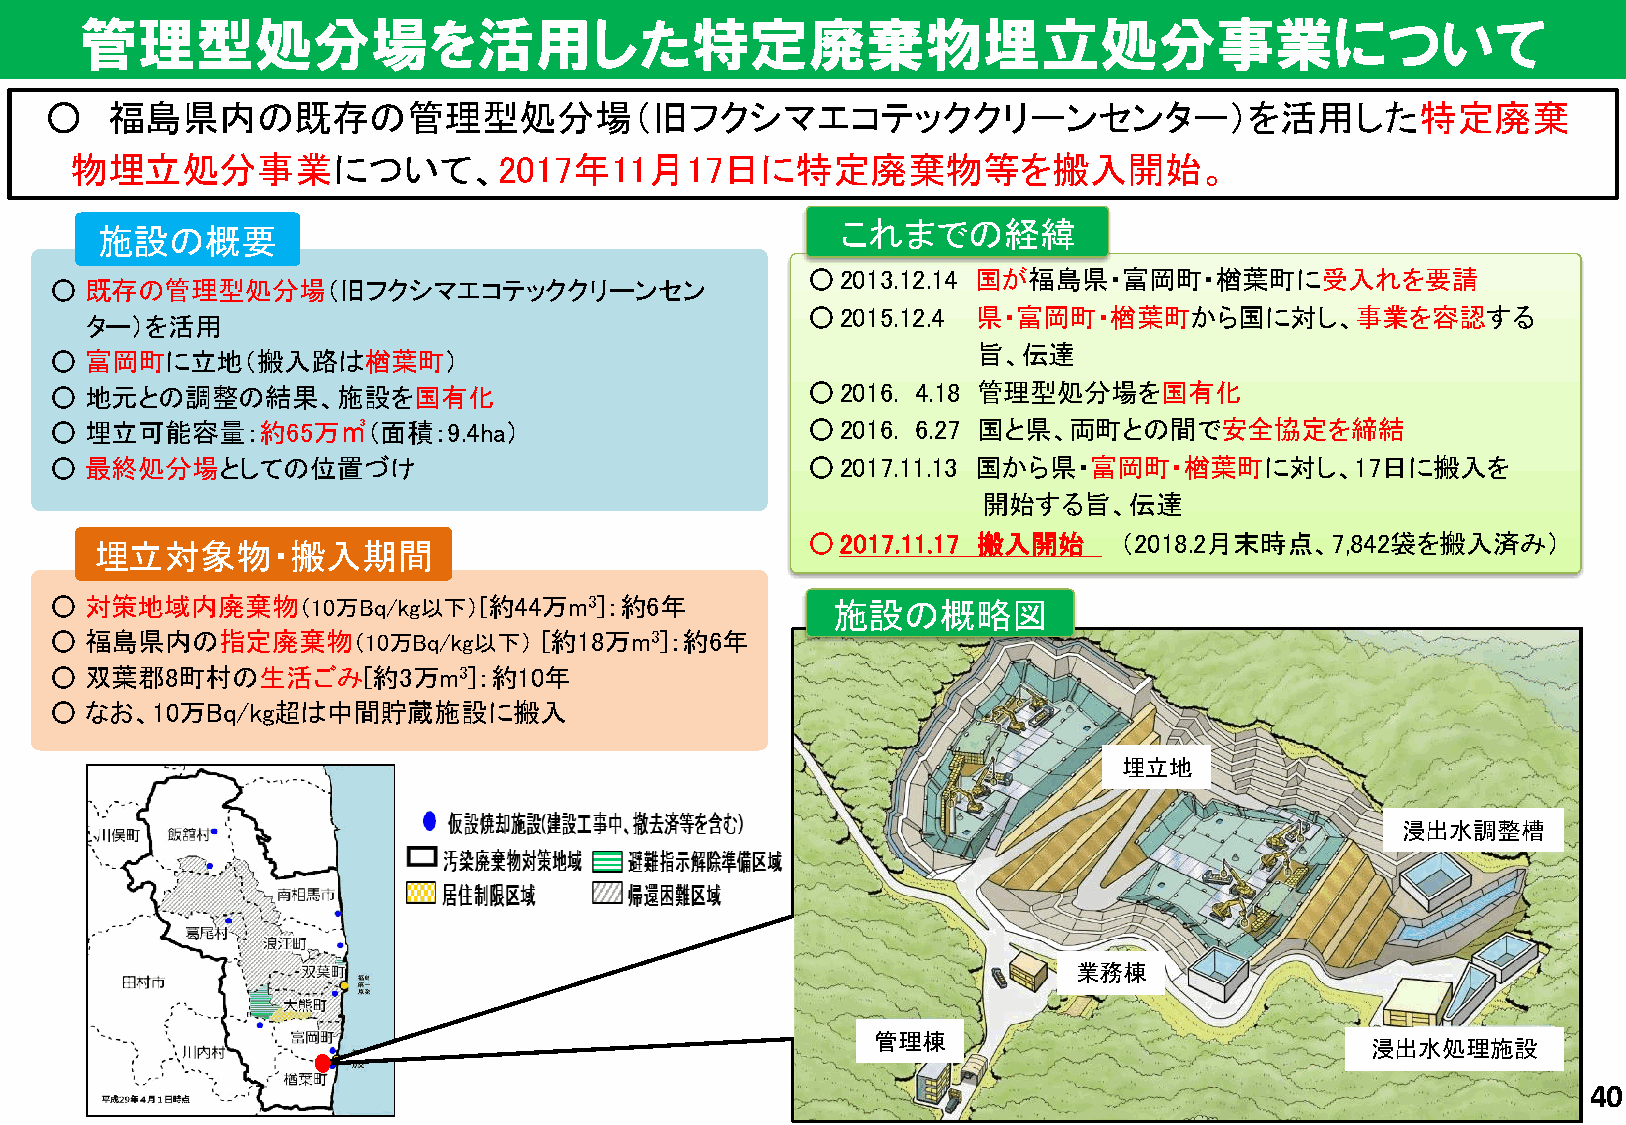
管理型処分場を活用した特定廃棄物埋立処分事業について
 ○   福島県内の既存の管理型処分場（旧フクシマエコテッククリーンセンター）を活用した特定廃棄
 物埋立処分事業について、2017年11月17日に特定廃棄物等を搬入開始。
 これまでの経緯
 施設の概要
 ○2013.12.14 国が福島県・富岡町・楢葉町に受入れを要請
 ○  既存の管理型処分場（旧フクシマエコテッククリーンセン
 ○2015.12.4  県・富岡町・楢葉町から国に対し、事業を容認する
 ター）を活用
 旨、伝達
 ○  富岡町に立地（搬入路は楢葉町）
 ○  地元との調整の結果、施設を国有化                               ○2016.  4.18 管理型処分場を国有化
 ○  埋立可能容量：約65万㎥（面積：9.4ha）                         ○2016.  6.27 国と県、両町との間で安全協定を締結
 ○  最終処分場としての位置づけ                                  ○2017.11.13 国から県・富岡町・楢葉町に対し、17日に搬入を
 開始する旨、伝達
 ○2017.11.17 搬入開始     （2018.2月末時点、7,842袋を搬入済み）
 埋立対象物・搬入期間
 ○  対策地域内廃棄物（10万Bq/kg以下）[約44万m3]：約6年                 施設の概略図
 ○  福島県内の指定廃棄物（10万Bq/kg以下）        [約18万m3]：約6年
 ○  双葉郡8町村の生活ごみ[約3万m3]：約10年
 ○  なお、10万Bq/kg超は中間貯蔵施設に搬入
 埋立地
 浸出水調整槽
 業務棟
 管理棟
 浸出水処理施設
 40